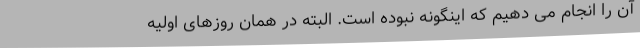
آن را انجام می دهیم که اینگونه نبوده است. البته در همان روزهای اولیه